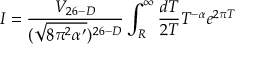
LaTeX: I = \frac { V _ { 2 6 - D } } { ( \sqrt { 8 \pi ^ { 2 } \alpha ^ { \prime } } ) ^ { 2 6 - D } } \int _ { R } ^ { \infty } \frac { d T } { 2 T } T ^ { - \alpha } e ^ { 2 \pi T }